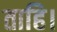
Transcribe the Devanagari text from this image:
ताहि।